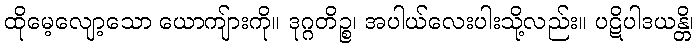
ထိုမေ့လျော့သော ယောကျ်ားကို။ ဒုဂ္ဂတိဉ္စ၊ အပါယ်လေးပါးသို့လည်း။ ပဋိပါဒယန္တိ၊